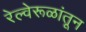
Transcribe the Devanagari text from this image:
रेल्वेरूळांतून